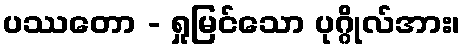
ပဿတော - ရှုမြင်သော ပုဂ္ဂိုလ်အား၊